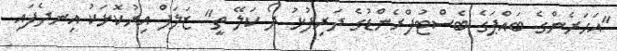
"އަހަރެންގެ ބައްޕަގެ ބެސްޓުފްރެންޑުގެ ދަރިފުޅު ދޯ ކަލޭ ތީ" ޒަލަފް އިރުކޮޅަކު އިނދެފައި